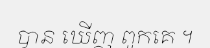
បាន ឃើញ ពួកគេ ។